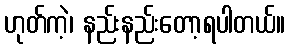
ဟုတ်ကဲ့၊ နည်းနည်းတော့ရပါတယ်။